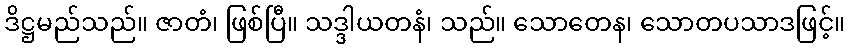
ဒိဋ္ဌမည်သည်။ ဇာတံ၊ ဖြစ်ပြီ။ သဒ္ဒါယတနံ၊ သည်။ သောတေန၊ သောတပသာဒဖြင့်။